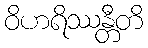
ဝိဟရိဿန္တီတိ